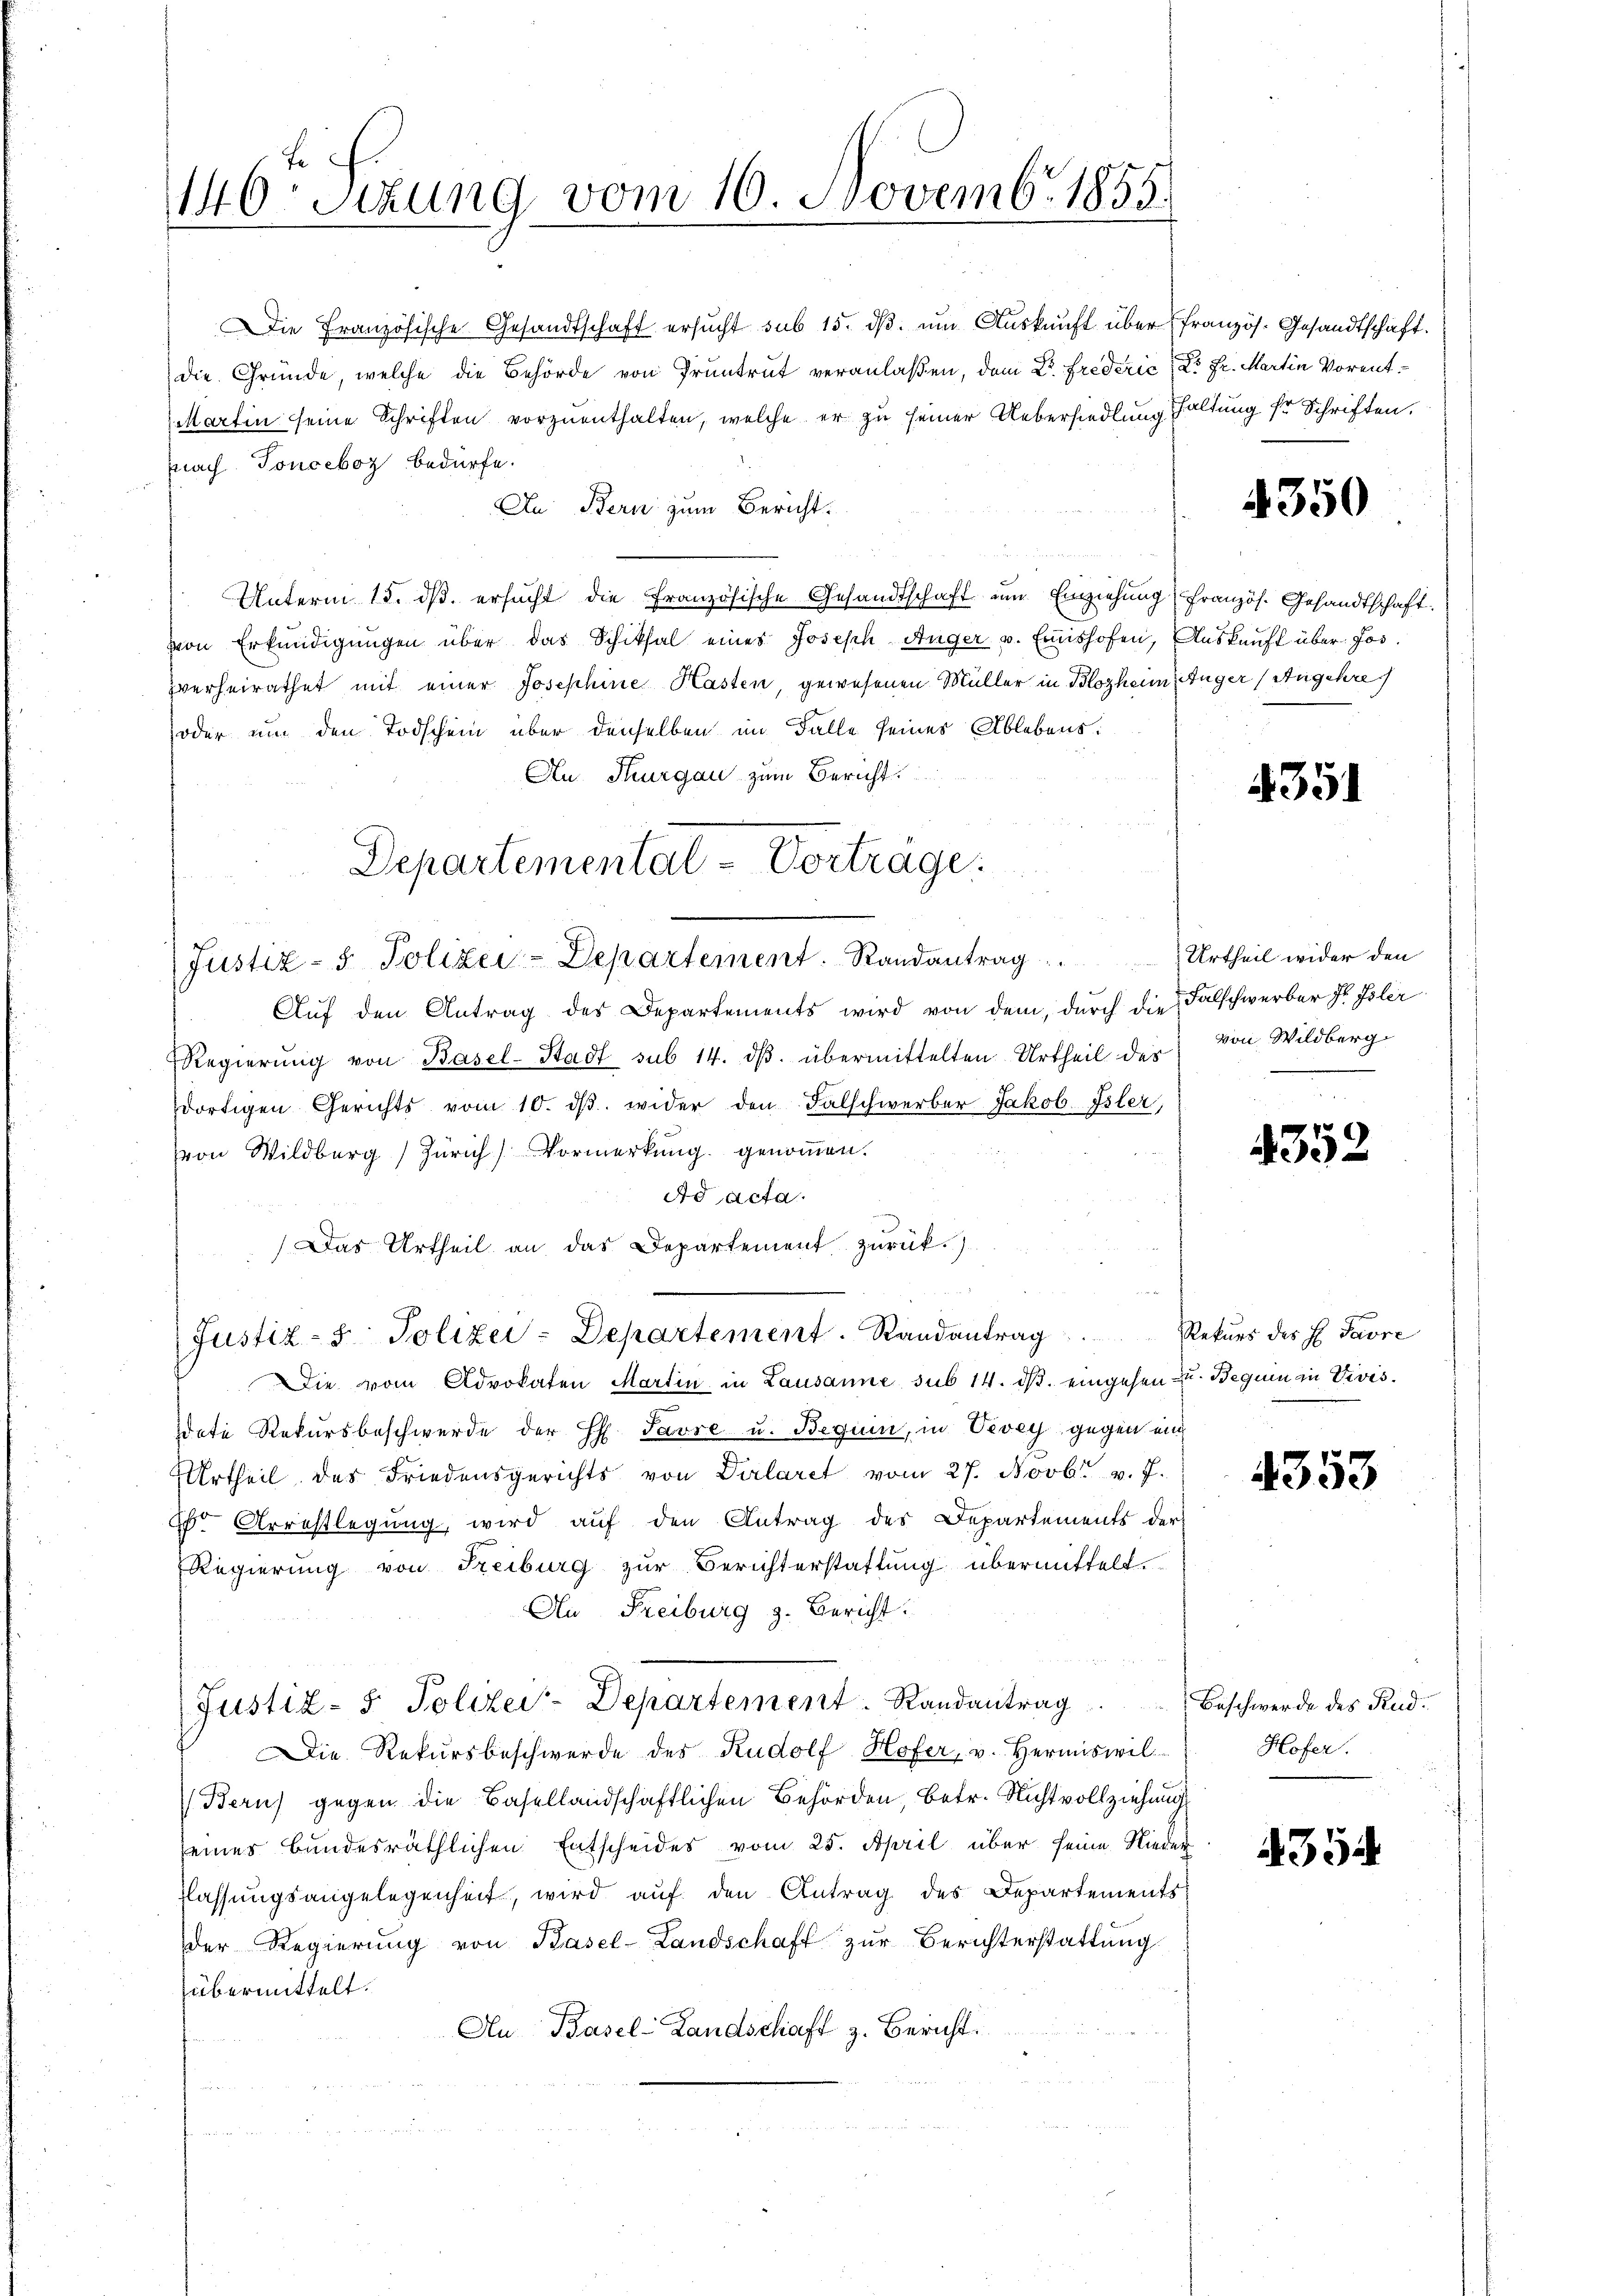
146 Sizung vom 16. Novembr 1855.

Die Französische Gesandtschaft ersŭcht sub 15. dβ. ŭm Aŭskŭnft über französ. Gesandtschaft.
die Gründe, welche die Behörde von Pruntrut veranlaßen, dem Dr. Frederić, Dr. Fr. Martin Vorent¬
Martin seine Schriften vorzuenthalten, welche er zu seiner Uebersiedlung haltung sr Schriften.
fnach Tonceboz bedürfe.
Au Bern zum Bericht.
Unterm 15. ds. ersucht die Französische Gesandtschaft um Einziehung französ. Gesandtschaft.
von Erkundigungen über das Schiksal eines Joseph Anger v. Emishofen, Auskauft über Jos.
zverheirathet mit einer Josephine Kasten, gewesenen Müller in Blozheim Anger (Angehre
oder um den Todschein über denselben im Falle seines Ablebens¬
Au Thurgau zum Bericht
Justiz- & Polizei-Departement. Randantrag. Urtheil wider den
Auf den Antrag des Departements wird von dem, durch die Falschwerber J. Isler
Regierŭng von Basel-Stadt sub 14. dβ übermittelten Urtheil der von Wildberg
dortigen Gerichts vom 10. dβ. wider den Falschwerber Jakob Isler,
von Wildberg) Zürich) Vormerkung genommen.
Ad acta
Das Urtheil an das Departement zŭrük.)
Justiz- & Polizei-Departement. Randantrag Rekurs des H. Favre
Die vom Advokaten Martin in Lausanne sub 14. ds. eingehen zu. Beguin in Divisdote Rekursbeschwerde der H. Savre u. Beguin, in Vevey gegen ein
Urtheil. Das Friedensgerichts von Dirlaret vom 27. Novbr. v. J.
 Arrestlegung, wird auf den Antrag des Departements der
Regierung von Freiburg zŭr Berichterstattŭng übermittelt.
An Freiburg z. Bericht
Justiz- & Polizey-Departement Randantrag
Die Rekursbeschwerde des Rudolf Hofer, v. Hermiswil
Beruf gegen die Basellandschaftlichen Behörden, betr. Nichtvollziehung
seines Bundesräthlichen Entscheides vom 25. April über seine Nieder
flassŭngsangelegenheit, wird aŭf den Antrag des Departements
der Regierŭng von Basel-Landschaft zŭr Berichterstattŭng
übermittelt.
Au Basel-Landschaft z. Bericht.

Departemental-Vortrage.

4350

351

435.

4353

Beschwerde des Rud.
Hofer.

435